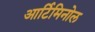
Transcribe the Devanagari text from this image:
आर्टिमिनोल